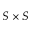
S \times S